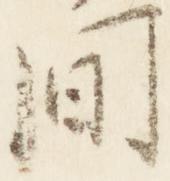
間